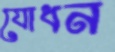
যোধন